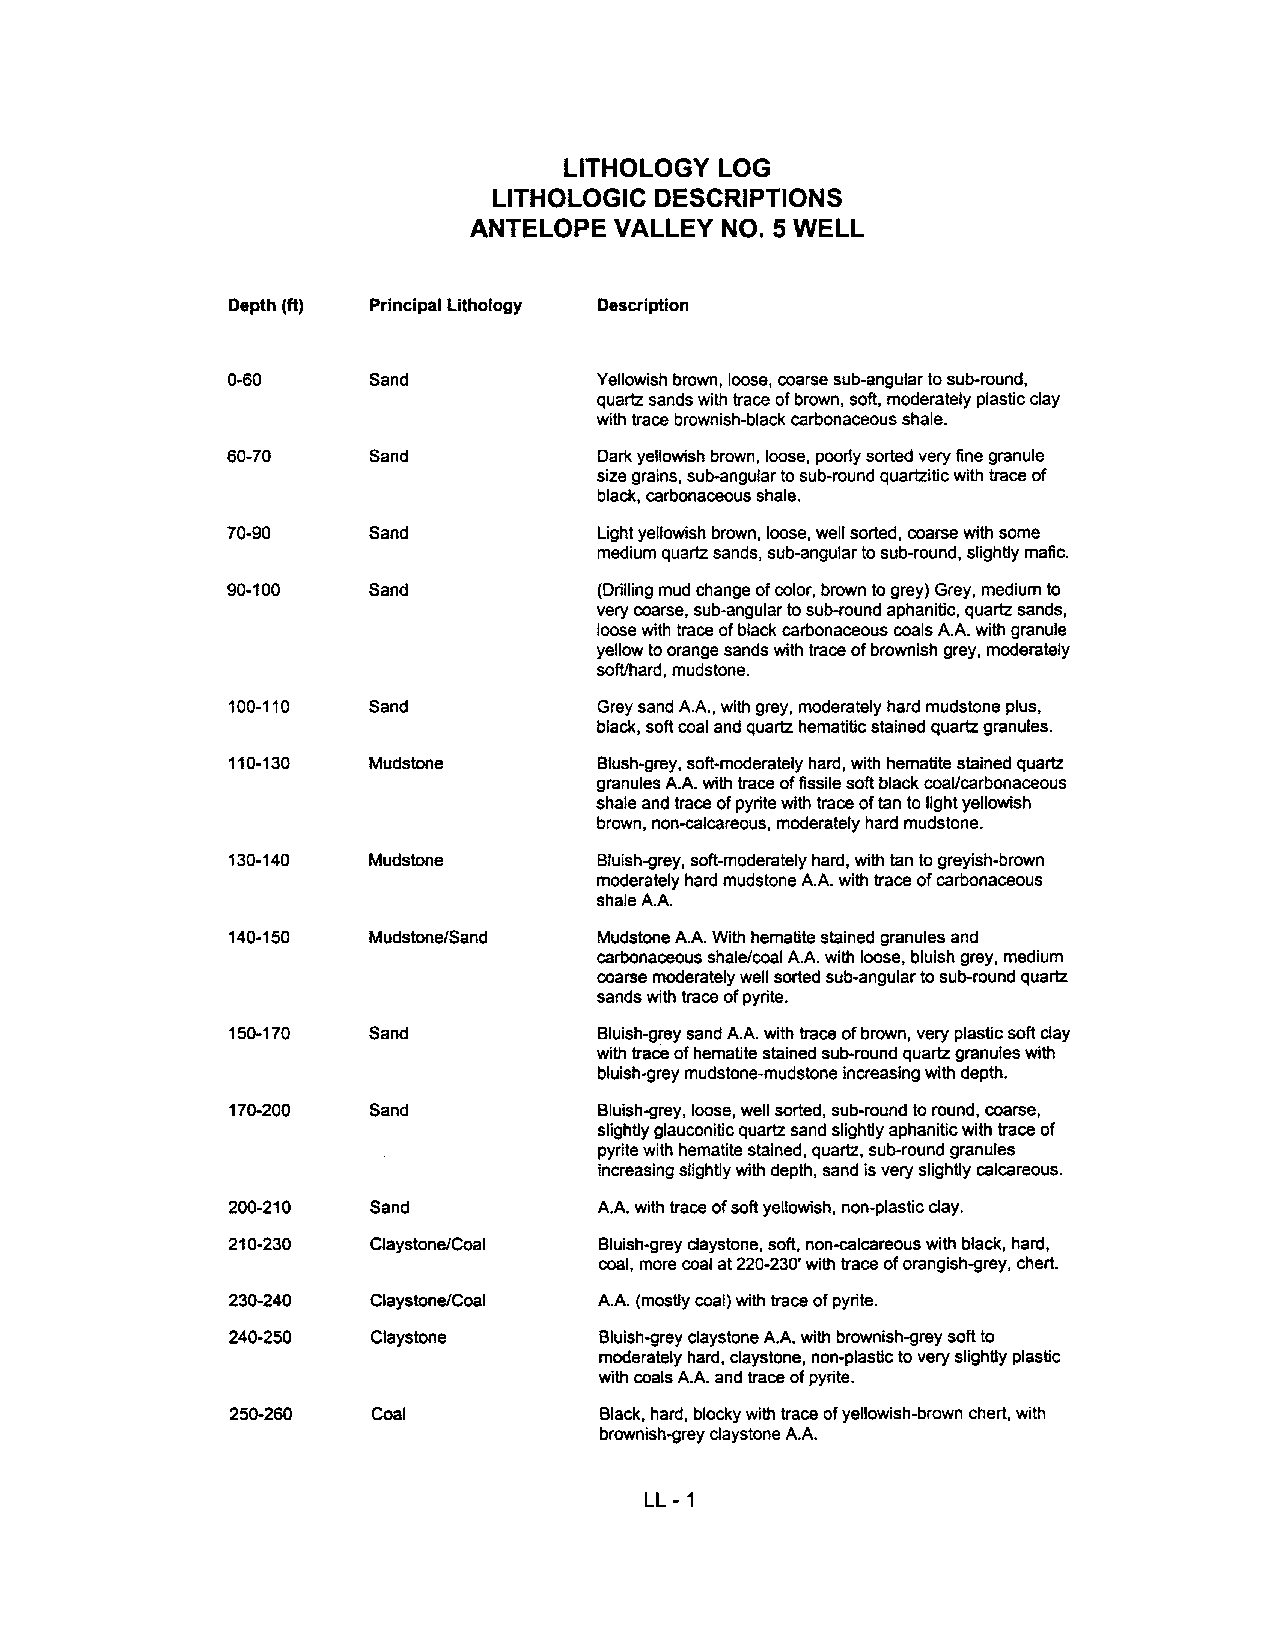
LITHOLOGY LOG
 LITHOLOGIC DESCRIPTIONS
 ANTELOPE  VALLEY NO.5 WELL
 Depth (ft) Principal Lithology Description
 0-60     Sand           Yellowish brown, loose, coarse sub-angular to sub-round,
 quartz sands with trace of brown, soft, moderately plastic day
 with trace brownish-black carbonaceous shale.
 60-70    Sand            Dark yellowish brown, loose, poorly sorted very fine granule
 size grains, sub-angular to sub-round quartzitic with trace of
 black, carbonaceous shale.
 70-90    Sand            Light yellowish brown, loose, well sorted, coarse with some
 medium quartz sands, sub-angular to sub-round, slightly mafic.
 90-100   Sand            (Drilling mud change of color, brown to grey) Grey, medium to
 very coarse, sub-angular to sub-round aphanitic, quartz sands,
 loose with trace of black carbonaceous coals A.A with granule
 yellow to orange sands with trace of brownish grey, moderately
 soft/hard, mudstone.
 100-110  Sand           Grey sand AA, with grey, moderately hard mudstone plus,
 black, soft coal and quartz hematitic stained quartz granules.
 110-130  Mudstone        Blush-grey, soft-moderately hard, with hematite stained quartz
 granules AA with trace of fissile soft black coal/carbonaceous
 shale and trace of pyrite with trace of tan to light yellowish
 brown, non-calcareous, moderately hard mudstone.
 130-140  Mudstone        Bluish-grey, soft-moderately hard, with tan to greyish-brown
 moderately hard mudstone A.A with trace of carbonaceous
 shale AA
 140-150  Mudstone/Sand   Mudstone A.A. With hematite stained granules and
 carbonaceous shale/coal AA with loose, bluish grey, medium
 coarse moderately well sorted sub-angular to sub-round quartz
 sands with trace of pyrite.
 150-170  Sand            Bluish-grey sand A.A with trace of brown, very plastic soft clay
 with trace of hematite stained sub-round quartz granules with
 bluish-grey mudstone-mudstone increasing with depth.
 170-200  Sand            Bluish-grey, loose, well sorted, sub-round to round, coarse,
 slightly glauconitic quartz sand slightly aphanitic with trace of
 pyrite with hematite stained, quartz, sub-round granules
 increasing slightly with depth, sand is very slightly calcareous.
 200-210  Sand            A.A. with trace of soft yellowish, non-plastic day.
 210-230  Claystone/Coal  Bluish-grey daystone, soft, non-calcareous with black, hard,
 coal, more coal at 220-230' with trace of orangish-grey, chert.
 230-240  Claystone/Coal  AA. (mostly coal) with trace of pyrite.
 240-250   Claystone      Bluish-grey claystone A.A. with brownish-grey soft to
 moderately hard, claystone, non-plastic to very slightly plastic
 with coals A.A. and trace of pyrite.
 250-260   Coal           Black, hard, blocky with trace of yellowish-brown chert, with
 brownish-grey claystone A.A
 LL -1